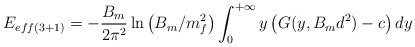
\begin{align*}E_{eff(3+1)}=-\frac{B_{m}}{2\pi^{2}}\ln\left(B_{m}/{m^{2}_{f}}\right)\int_{0}^{+\infty}y\left(G(y,B_{m} d^{2})-c\right) dy\end{align*}